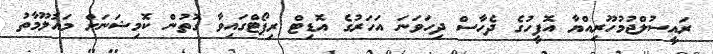
ރައީސުލްޖުމުހޫރިއްޔާ އޮފީހުގެ ދެހާސް ދިހަވަނަ އަހަރުގެ އޮޑިޓް ރިޕޯޓްގައިވާ ގޮތުން ކޮމިޝަނަށް މައުލޫމާތު